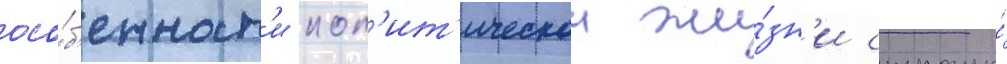
осо́б'енност'и пол'ит'ическои жи́зн'и страны́